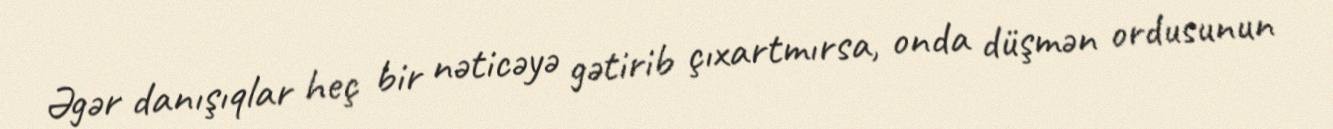
Əgər danışıqlar heç bir nəticəyə gətirib çıxartmırsa, onda düşmən ordusunun